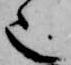
也